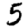
Digit: 5